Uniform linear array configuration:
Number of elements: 24
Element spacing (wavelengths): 0.5
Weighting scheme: binomial
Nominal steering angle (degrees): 30
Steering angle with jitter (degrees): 28.065
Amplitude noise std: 0.05
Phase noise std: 0.05

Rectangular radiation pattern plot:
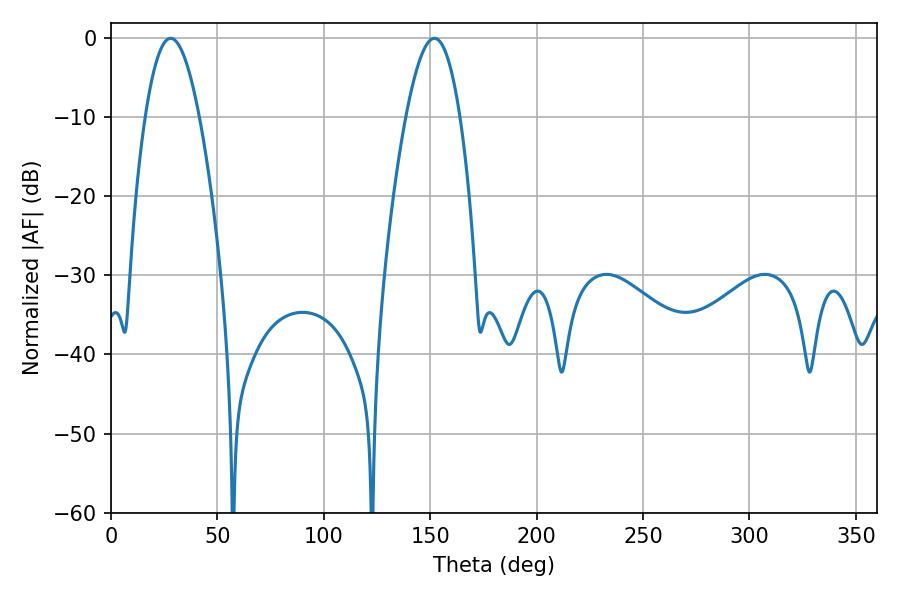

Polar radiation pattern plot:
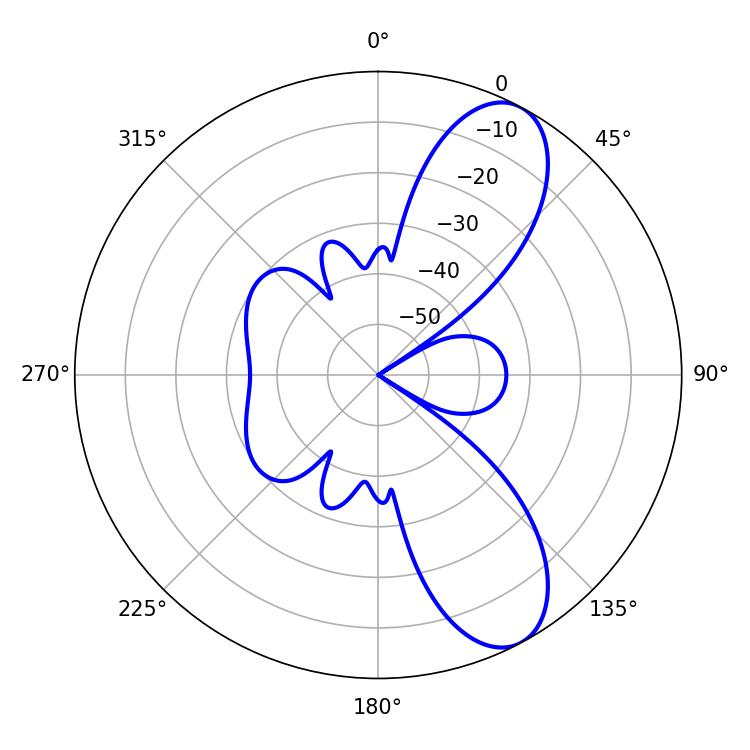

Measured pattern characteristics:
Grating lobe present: FALSE
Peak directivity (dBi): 9.097
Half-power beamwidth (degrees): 14.04
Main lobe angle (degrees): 28.08